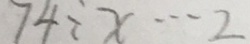
7 4 \div x \cdots 2